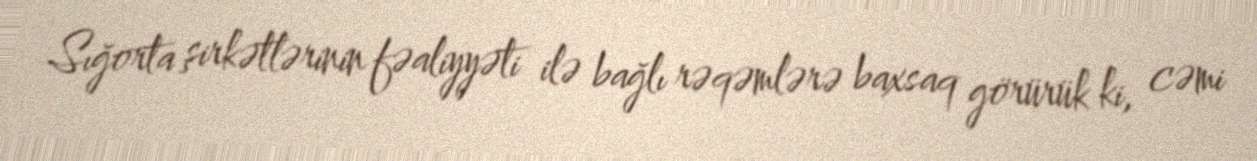
Sığorta şirkətlərinin fəaliyyəti ilə bağlı rəqəmlərə baxsaq görürük ki, cəmi